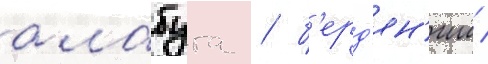
алабуга / б'ерд'ян'иш /